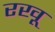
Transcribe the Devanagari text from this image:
रखू